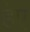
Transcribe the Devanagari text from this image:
हेए